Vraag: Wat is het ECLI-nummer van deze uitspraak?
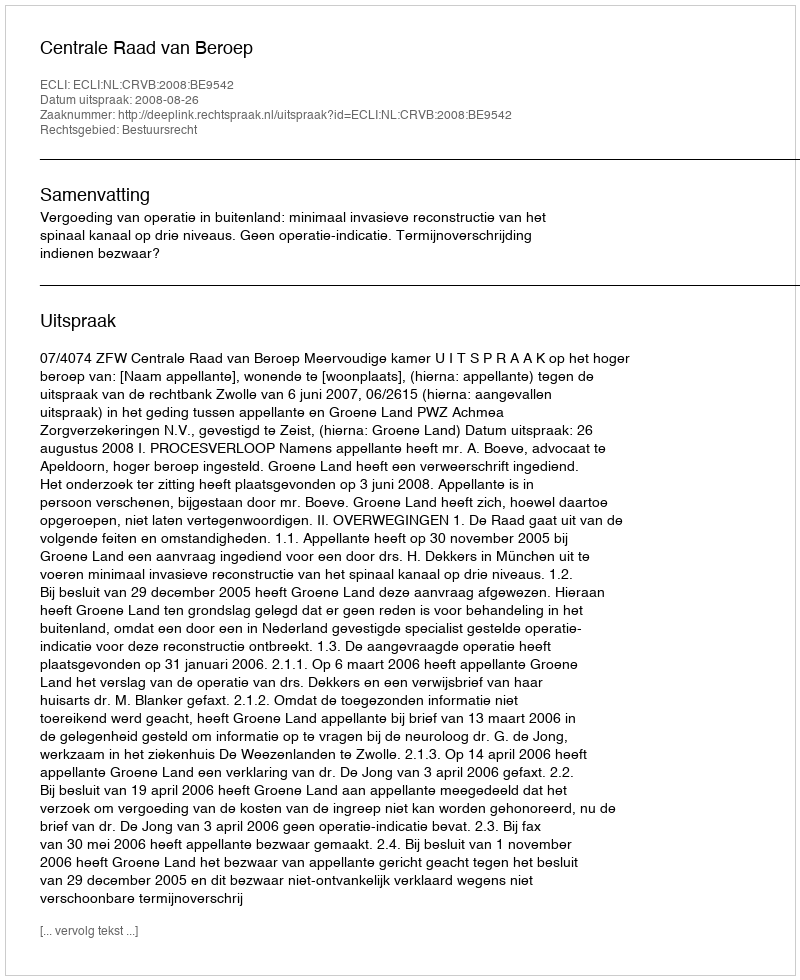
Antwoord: ECLI:NL:CRVB:2008:BE9542